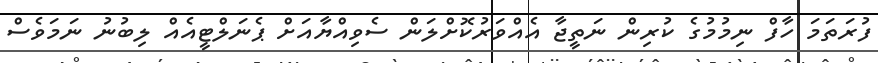
ފުރަތަމަ ހާފް ނިމުމުގެ ކުރިން ނަތީޖާ އެއްވަރުކޮށްލަން ސެވިއްޔާއަށް ޕެނަލްޓީއެއް ލިބުނު ނަމަވެސް